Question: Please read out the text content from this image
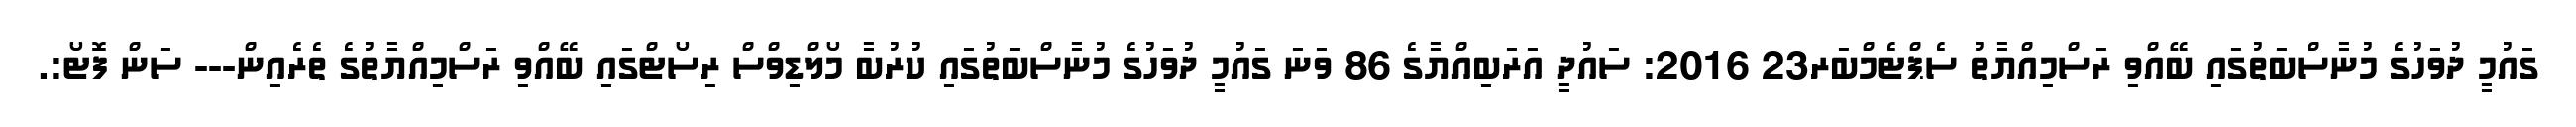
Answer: ގައުމީ ދުވަހުގެ މުނާސްބަތުގައި ބޭއްވި ރަސްމިއްޔާތު ސެޕްޓެމްބަރ23 2016: ސައުދީ އަރަބިއްޔާގެ 86 ވަނަ ގައުމީ ދުވަހުގެ މުނާސްބަތުގައި ކުރުބާ މޯލްޑިވްސް ރިސޯޓްގައި ބޭއްވި ރަސްމިއްޔާތުގެ ތެރެއިން--- ސަން ފޮޓޯ:.